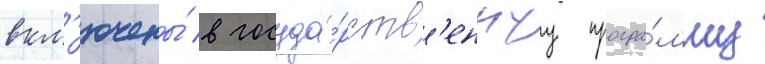
вкл'ючены́ в госуда́рств'еннуу програ́мму